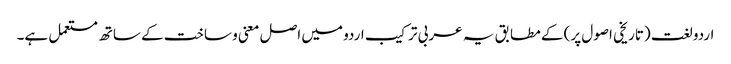
اردو لغت (تاریخی اصول پر) کے مطابق یہ عربی ترکیب اردو میں اصل معنی و ساخت کے ساتھ مستعمل ہے۔